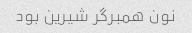
نون همبرگر شیرین بود